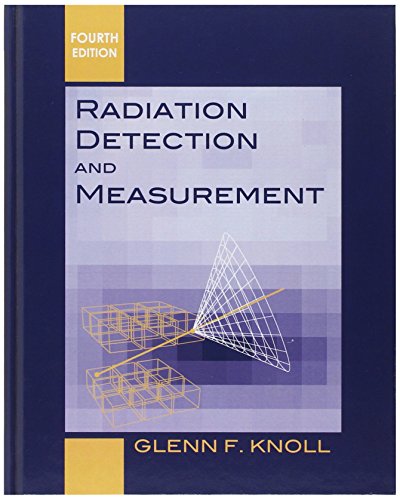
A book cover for Radiation Detection and Measurement; Glenn F. Knoll; Science & Math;